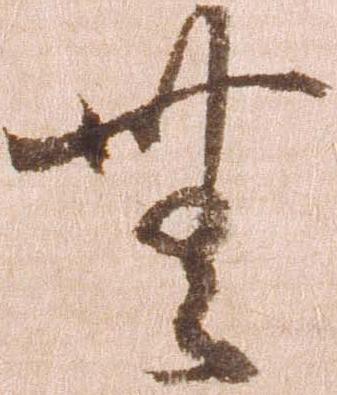
無